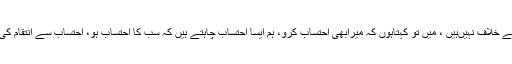
ہم احتساب کے خلاف نہیںہیں ، میں تو کہتاہوں کہ میرابھی احتساب کرو، ہم ایسا احتساب چاہتے ہیں کہ سب کا احتساب ہو، احتساب سے انتقام کی بونہ آتی ہو۔